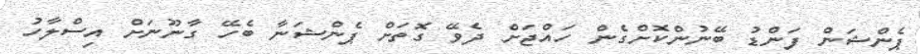
ޕެންޝަން ފަންޑު ބޭނުންކޮށްގެން ހައްޖަށް ދެވޭ ގޮތަށް ޕެންޝަނާ ބެހޭ ގާނޫނަށް އިސްލާހު